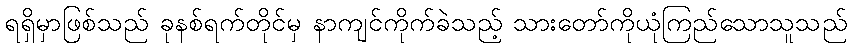
ရရှိမှာဖြစ်သည် ခုနစ်ရက်တိုင်မှ နာကျင်ကိုက်ခဲသည့် သားတော်ကိုယုံကြည်သောသူသည်